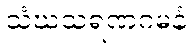
သံဃသရဏဂမနံ